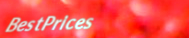
BestPrices